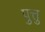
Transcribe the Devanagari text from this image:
पुत्तु